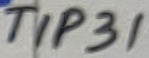
Text: TIP31